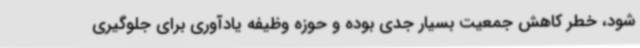
شود، خطر کاهش جمعیت بسیار جدی بوده و حوزه وظیفه یادآوری برای جلوگیری